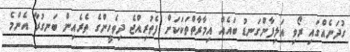
ގުދަނެއްގައި ރޯވި އަލިފާންގަނޑު ބައެއް އިމާރާތްތަކަކަށް ފެތުރިއްޖެ ދިވެހީންގެ ތެރެއިން ބަނގުރާ އެންމެ